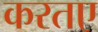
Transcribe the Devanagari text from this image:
करतए